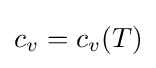
c_{v}=c_{v}(T)